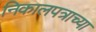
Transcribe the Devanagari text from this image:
निकालपत्राच्या